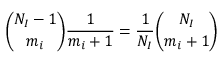
\binom { N _ { I } - 1 } { m _ { i } } \frac { 1 } { m _ { i } + 1 } = \frac { 1 } { N _ { I } } \binom { N _ { I } } { m _ { i } + 1 }